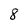
Character: 8